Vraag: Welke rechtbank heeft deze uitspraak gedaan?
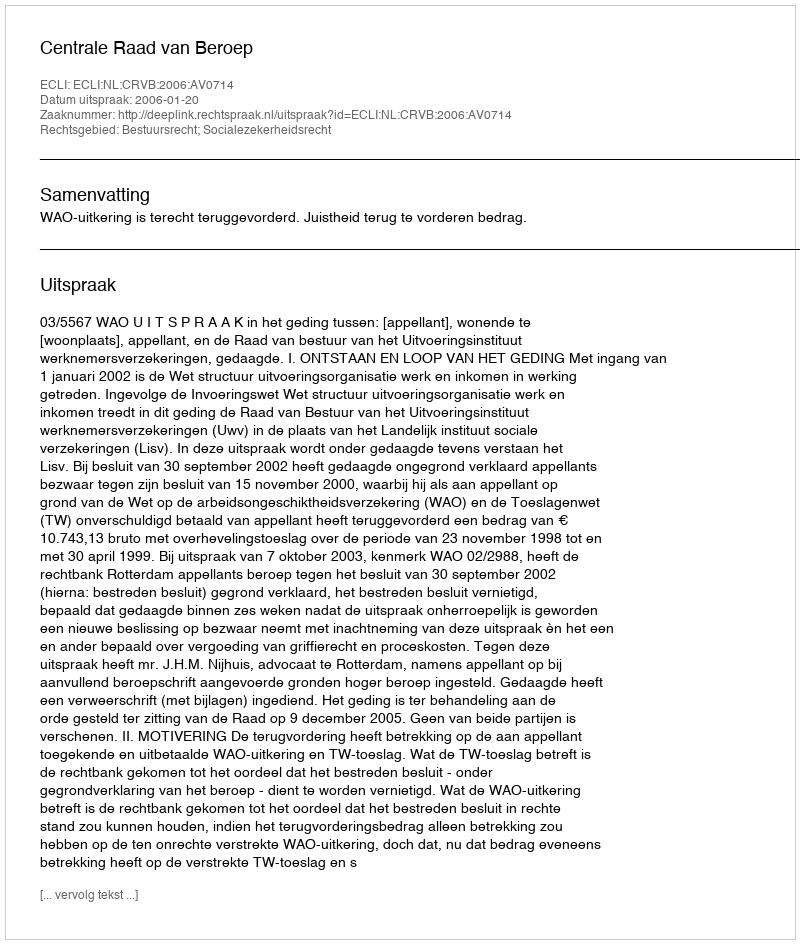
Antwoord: Centrale Raad van Beroep